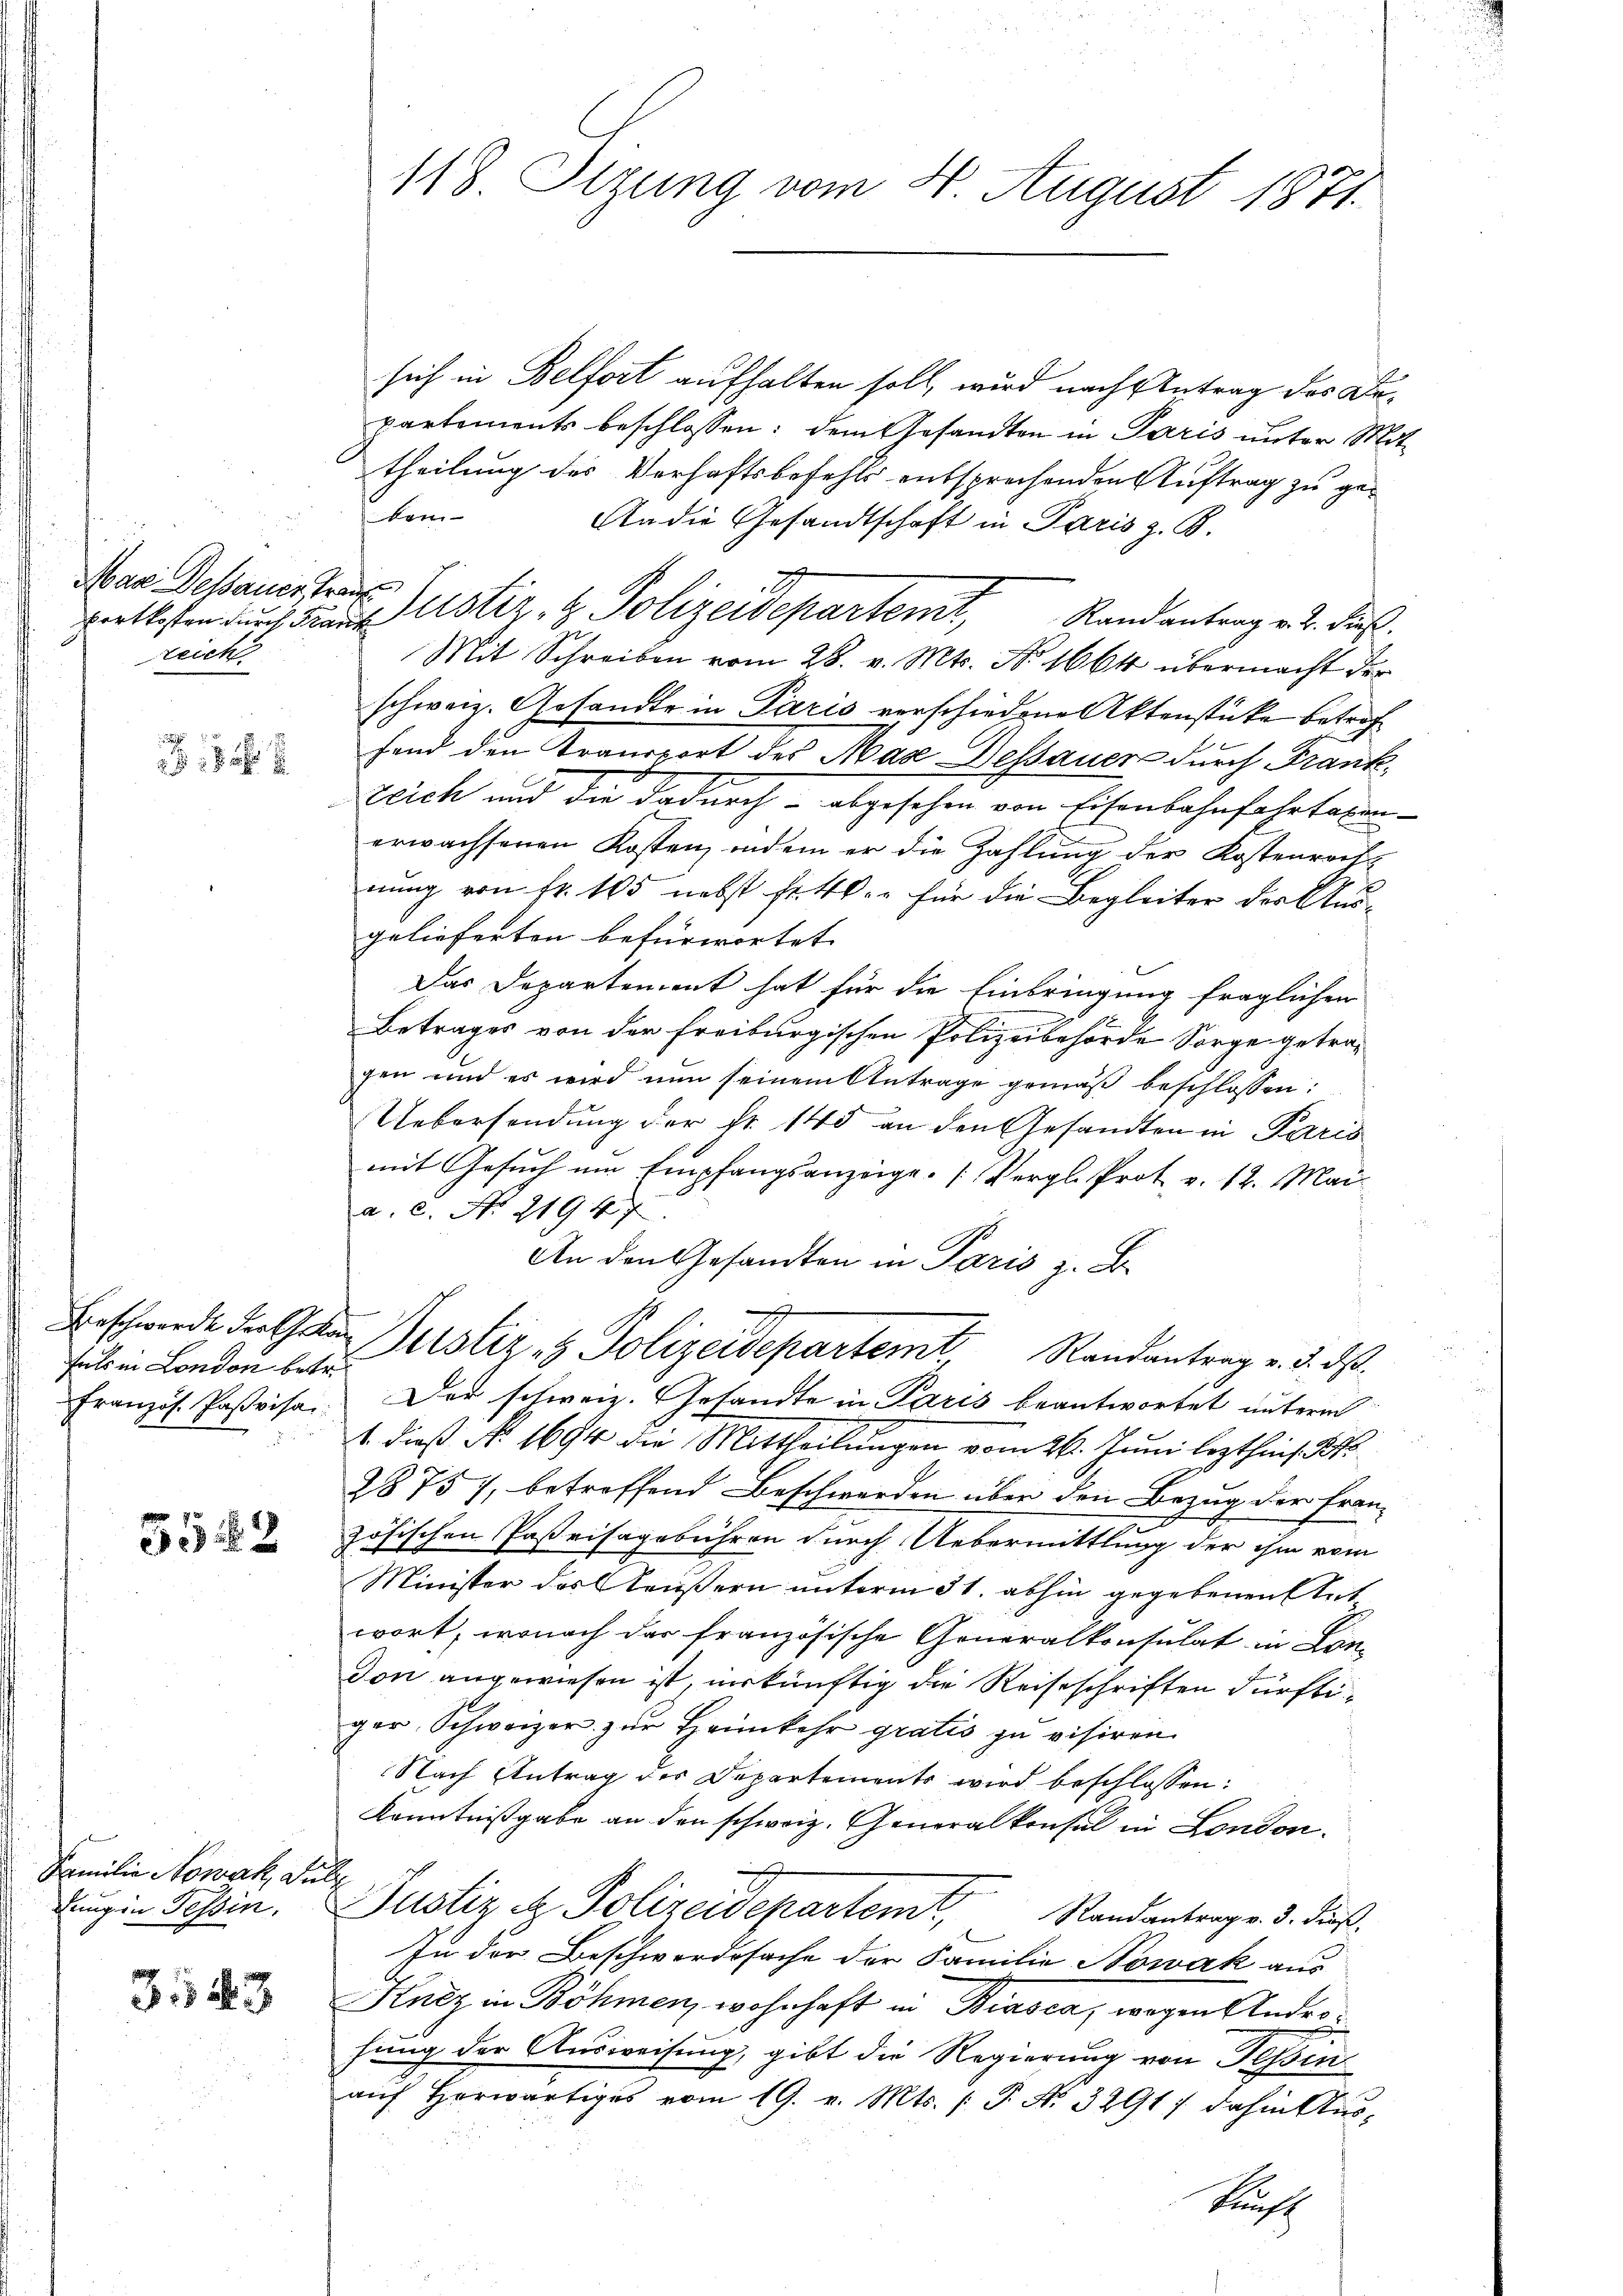
Mar. Dessauer, Trau
zeich

21

fals in London betr.
französ. Pasvisa

552

Familie Nowak, di

3523

118. Setzung vom 4 August 1871.

sich in Belfort aufhalten soll, wird nach Antrag des Departements beschlossen: dem Gesandten in Paris unter Mit
theilung des Verhaftsbefehls entsprechenden Auftrag zu gekei
An die Gesandtschaft in Paris z. B.
brettesten durch Findes Verstiz- & Polizeidepartemt, Randantrag v. d. dieß.
Mit Schreiben vom 28. v. Mts. No. 1664 übermacht der
schweiz. Gesandte in Paris verschiedene Aktenstücke betrof
fend den Transport des Mase Dessauer durch Frank¬
Zeich und die dadurch - abgesehen von Eisenbahnfahrtaxen-
erwachsenen Kosten, indem er die Zahlung der Kostenrech
nung von fr. 105 nebst fr. 40. für die Begleiter der Ausgelieferten befürwortet.
Das Departement hat für die Einbringung fraglichen
Betrages von der freiburgischen Polizeibehörde Sorge getragen und es wird nun seinem Antrage gemäß beschlossen:
Uebersendung der Nr. 140 an den Gesandten in Paris
mit Gesuch um Empfangsanzeige. (Vergl. Prot. v. 12. Mai
a. c. No 21947
An den Gesandten in Paris z. B.
Beschwerde der Gehen Justiz & Polizeidepartemt Randantrag v. 5. ds.
Der schweiz. Gesandte in Paris beantwortet unterm
1. dieß No. 1694 die Mittheilungen vom 26. Juni lezthin s.
28757, betreffend Beschwerden über den Bezug der Französischen Paßeisagebühren durch Uebermittlung der ihm vom
Minister des Aeußern unterm 31. abhin gegebenen Ant
wort, wonach das französische Generalkonsulat in Condon angewiesen ist, inskünftig die Reiseschriften dürftiger Schweizer zur Heimkehr gratis zu visiren
Nach Antrag der Departements wird beschlossen:
Kenntnißgabe an den schweiz. Generalkonsul in London.
ch
Lungen Tessin. Justiz & Polizeidepartemt, Randantragen 3. dieß,
In der Beschwerdssache der Familie Nowak aus
Kutz in Böhmen, wohnhaft in Biasca, wegen Anderhung der Ausweisung, gibt die Regierung von Tessin
aŭf herwärtiges vom 19. v. Mts. (T. No. 3291; dahin Aus¬

Kaff